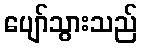
ပျော်သွားသည်